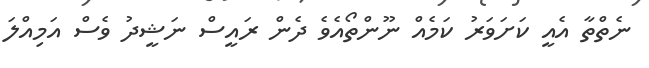
ނެތްތާ އެެއީ ކަށަވަރު ކަމެއް ނޫންތޯއެވެ ދެން ރައީސް ނަޝީދު ވެސް އަމިއްލަ